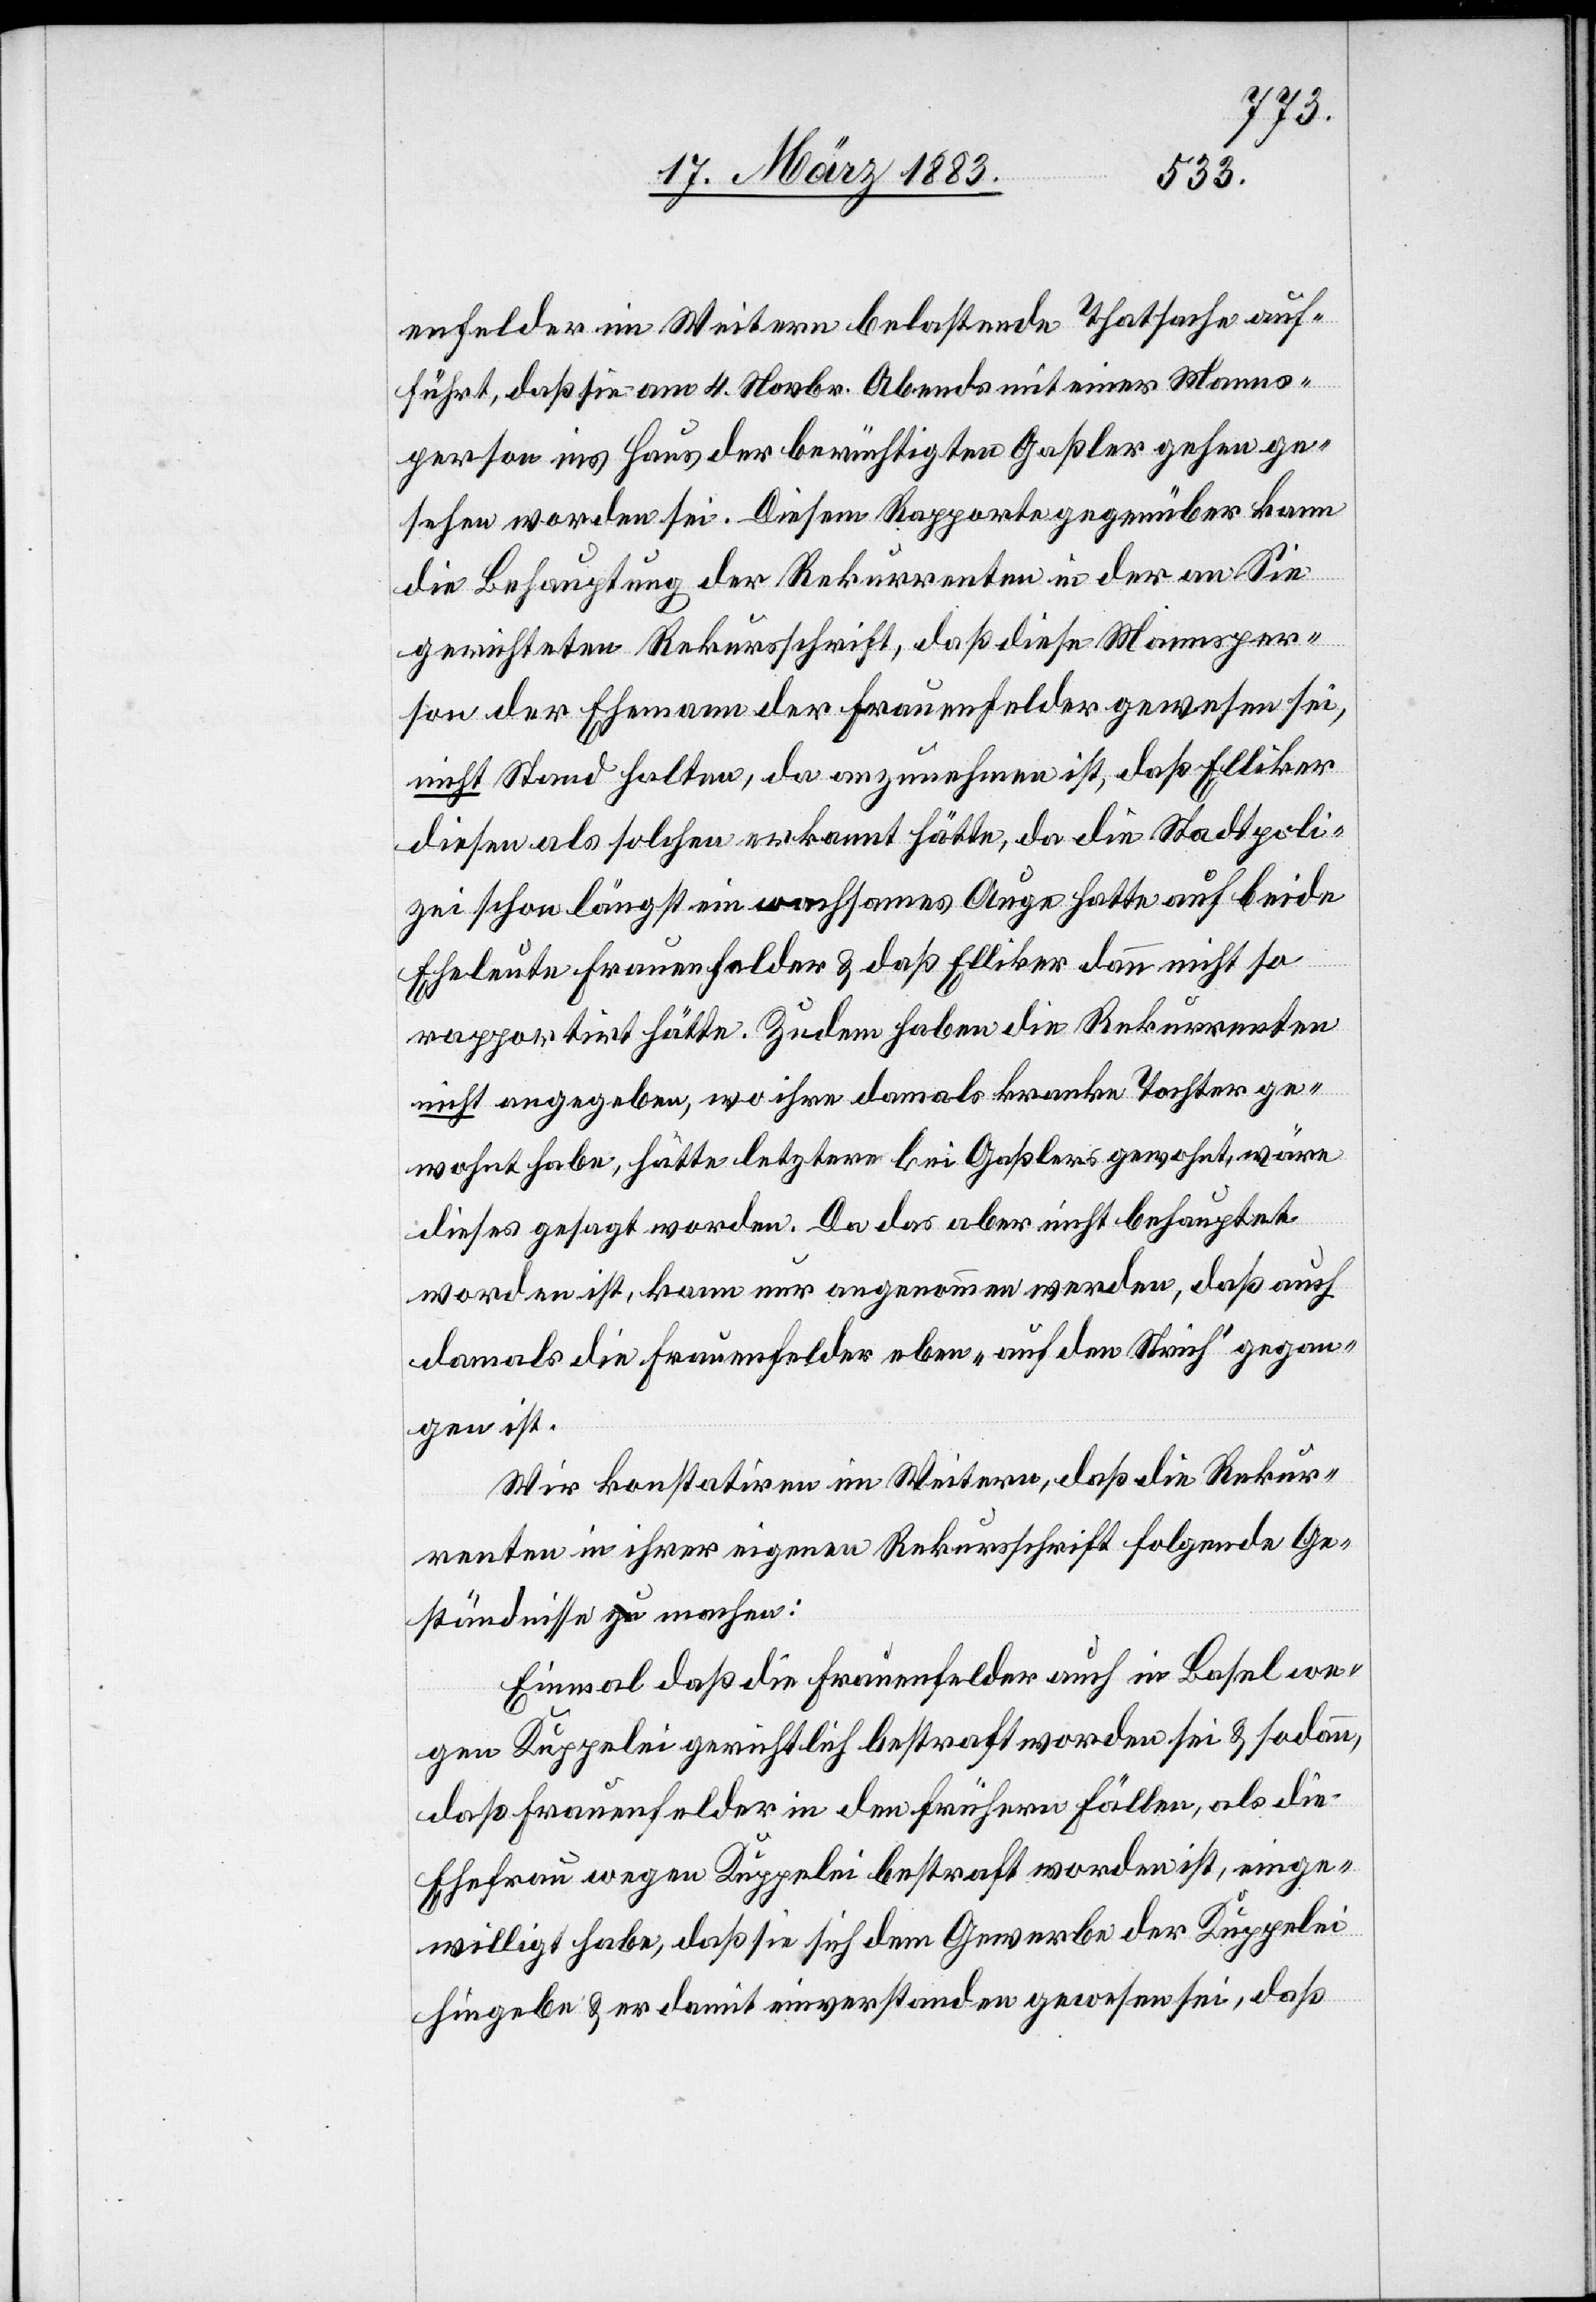
enfelder im Weitern belastende Thatsache auf¬
führt, daß sie am 4. Novbr. Abends mit einer Manns¬
person ins Haus der berüchtigten Gaßler gehen ge¬
sehen worden sei. Diesem Rapporte gegenüber kann
die Behauptung der Rekurrenten in der an Sie
gerichteteten Rekursschrift, daß diese Mannsper¬
son der Ehemann der Frauenfelder gewesen sei,
nicht Stand halten, da anzunehmen ist, daß Elliker
diesen als solchen erkannt hätte, da die Stadtpoli¬
zei schon längst ein wachsames Auge hatte auf beide
Eheleute Frauenfelder & daß Elliker dann nicht so
rapportirt hätte. Zudem haben die Rekurrenten
nicht angegeben, wo ihre damals kranke Tochter ge¬
wohnt habe, hätte letztere bei Gaßler gewohnt, wäre
dieses gesagt worden. Da das aber nicht behauptet
worden ist, kann nur angenommen werden, daß auch
damals die Frauenfelder eben „auf den Strich“ gegan¬
gen ist.
Wir konstatiren im Weitern, daß die Rekur¬
renten in ihrer eigenen Rekursschrift folgende Ge¬
ständnisse machen:
Einmal daß die Frauenfelder auch in Basel we¬
gen Kuppelei gerichtlich bestraft worden sei & sodann,
daß Frauenfelder in den frühern Fällen, als die
Ehefrau wegen Kuppelei bestraft worden ist, einge¬
willigt habe, daß sie sich dem Gewerbe der Kuppelei
hingebe & er damit einverstanden gewesen sei, daß